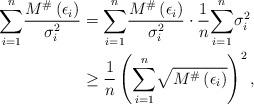
LaTeX: \begin{align*}\overset{n}{\underset{i=1}{\sum}}\frac{M^{\#}\left(\epsilon_{i}\right)}{\sigma_{i}^{2}} & =\overset{n}{\underset{i=1}{\sum}}\frac{M^{\#}\left(\epsilon_{i}\right)}{\sigma_{i}^{2}}\cdot\frac{1}{n}\overset{n}{\underset{i=1}{\sum}}\sigma_{i}^{2} \\ & \geq\frac{1}{n}\left(\overset{n}{\underset{i=1}{\sum}}\sqrt{M^{\#}\left(\epsilon_{i}\right)}\right)^{2},\end{align*}